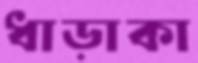
ধাড়াকা